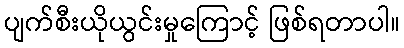
ပျက်စီးယိုယွင်းမှုကြောင့် ဖြစ်ရတာပါ။